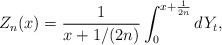
LaTeX: \begin{align*}Z_n(x) = \frac{1}{x+1/(2n)} \int_0^{x+\frac{1}{2n}} dY_t,\end{align*}